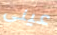
عينى